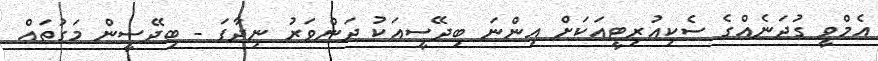
އެމްވީ ގުދަނެއްގެ ސެކިއުރިޓީއަކަށް އިންނަ ބިދޭސީއަކު ދަންވަރު ނިދާފަ - ބިދޭސީން މަގުތައް